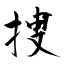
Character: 捜